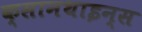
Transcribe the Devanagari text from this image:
क्सानथाइन्स